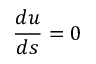
{ \frac { d u } { d s } } = 0